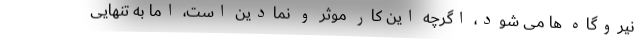
نیروگاه ها می شود، اگرچه این کار موثر و نمادین است، اما به تنهایی